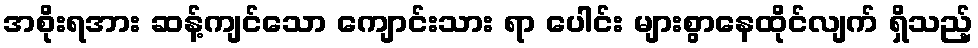
အစိုးရအား ဆန့်ကျင်သော ကျောင်းသား ရာ ပေါင်း များစွာနေထိုင်လျက် ရှိသည့်